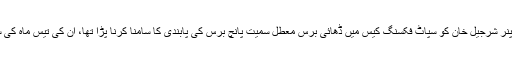
حیدرآباد سے تعلق رکھنے والے اوپنر شرجیل خان کو سپاٹ فکسنگ کیس میں ڈھائی برس معطل سمیت پانچ برس کی پابندی کا سامنا کرنا پڑا تھا، ان کی تیس ماہ کی سزا ہفتے کے روز ختم ہو گئی ہے۔